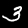
Label: 3